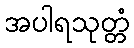
အပါရသုတ္တံ